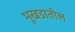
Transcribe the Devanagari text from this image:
भूखडातील